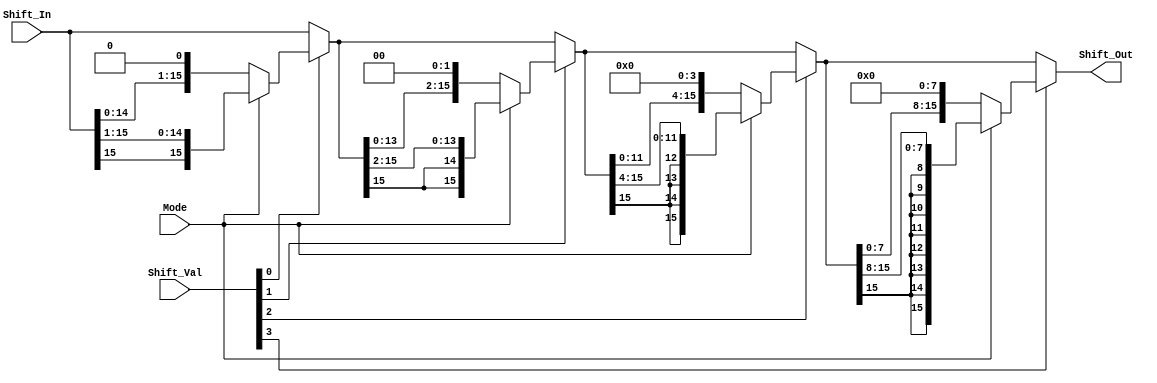

module Shifter (Shift_Out, Shift_In, Shift_Val, Mode);
input [15:0] Shift_In; 		// This is the input data to perform shift operation on
input [3:0] Shift_Val; 		// Shift amount (used to shift the input data)
input  Mode; 			// To indicate 0=SLL or 1=SRA 
output [15:0] Shift_Out; 	// Shifted output data

wire[15:0] stage1, stage2, stage3;

assign stage1 = Shift_Val[0]?{(Mode?{Shift_In[15], Shift_In[15:1]} : {Shift_In<<1})}: Shift_In;
assign stage2 = Shift_Val[1]?{(Mode?{{2{stage1[15]}}, stage1[15:2]} : {stage1<<2})}: stage1;
assign stage3 = Shift_Val[2]?{(Mode?{{4{stage2[15]}}, stage2[15:4]} : {stage2<<4})}: stage2;
assign Shift_Out = Shift_Val[3]?{(Mode?{{8{stage3[15]}}, stage3[15:8]} : {stage3<<8})}: stage3;

endmodule